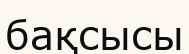
бақсысы